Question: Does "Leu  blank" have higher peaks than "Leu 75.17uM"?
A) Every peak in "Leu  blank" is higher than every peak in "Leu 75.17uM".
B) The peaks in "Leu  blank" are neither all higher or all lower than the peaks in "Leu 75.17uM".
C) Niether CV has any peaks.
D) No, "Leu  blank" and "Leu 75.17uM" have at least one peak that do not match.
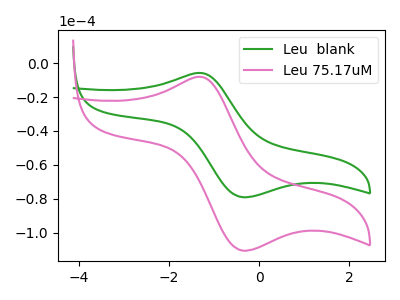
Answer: <think>The green curve "Leu  blank" has an anodic peak at (-1.30V, -5.70uA) and a cathodic peak at (-0.35V, -79.05uA). The pink curve "Leu 75.17uM" has an anodic peak at (-1.30V, -8.00uA) and a cathodic peak at (-0.35V, -110.60uA).</think>
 <answer>B) The peaks in "Leu  blank" are neither all higher or all lower than the peaks in "Leu 75.17uM".</answer>
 <eval>B</eval>